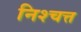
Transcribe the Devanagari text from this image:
निश्चत्त